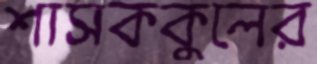
শাসককুলের